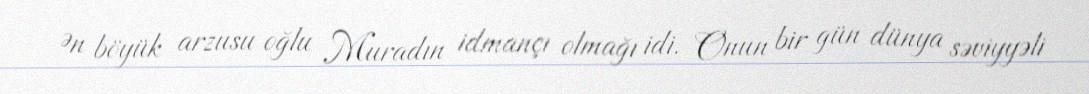
Ən böyük arzusu oğlu Muradın idmançı olmağı idi. Onun bir gün dünya səviyyəli